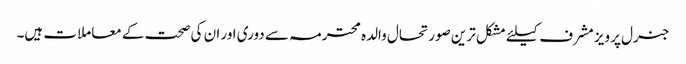
جنرل پرویز مشرف کیلئے مشکل ترین صورتحال والدہ محترمہ سے دوری اور ان کی صحت کے معاملات ہیں۔